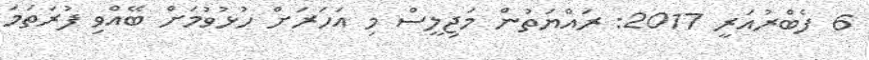
6 ފެބްރުއަރީ 2017: ރައްޔަތުން މަޖިލީސް މި އަހަރަށް ހުޅުވުމަށް ބޭއްވި ފުރަތަމަ